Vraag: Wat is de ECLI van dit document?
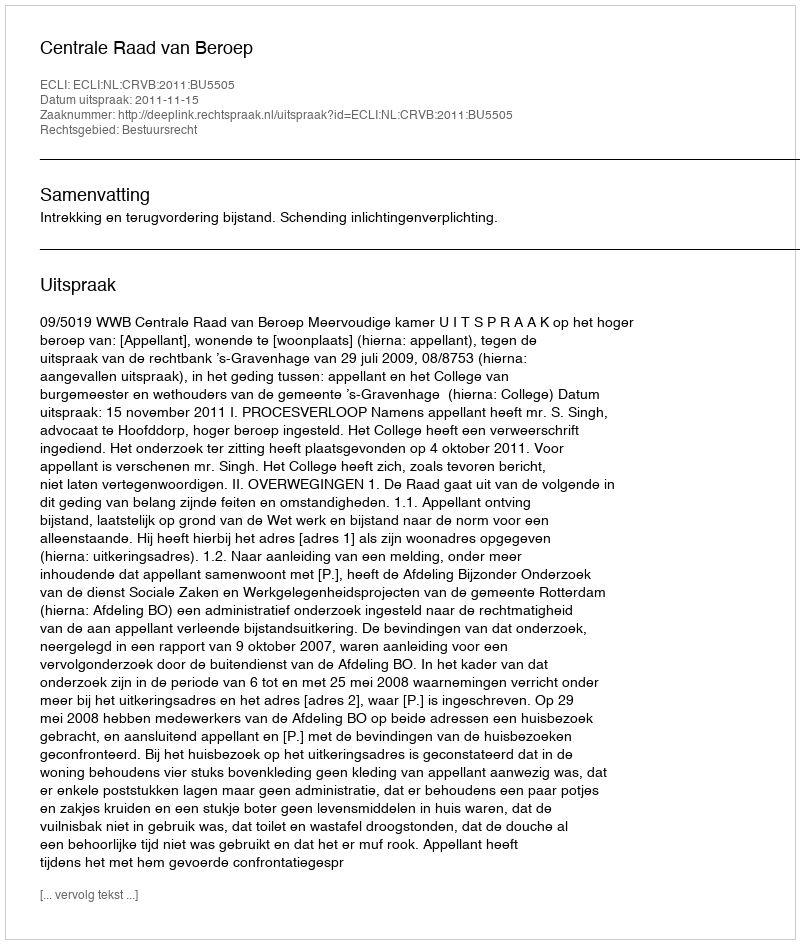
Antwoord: ECLI:NL:CRVB:2011:BU5505